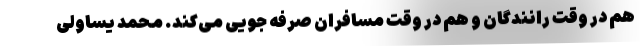
هم در وقت رانندگان و هم در وقت مسافران صرفه جویی می‌کند. محمد یساولی